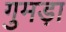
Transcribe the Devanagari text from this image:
गुमड़ा